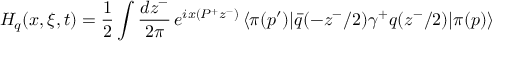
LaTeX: H _ { q } ( x , \xi , t ) = \frac { 1 } { 2 } \int \frac { d z ^ { - } } { 2 \pi } \, e ^ { i x ( P ^ { + } z ^ { - } ) } \, \langle \pi ( p ^ { \prime } ) | \bar { q } ( - z ^ { - } / 2 ) \gamma ^ { + } q ( z ^ { - } / 2 ) | \pi ( p ) \rangle